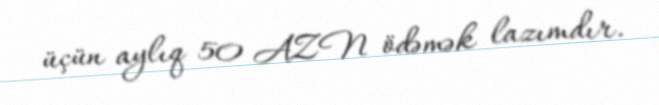
üçün aylıq 50 AZN ödəmək lazımdır.